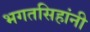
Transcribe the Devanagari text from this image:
भगतसिहांनी